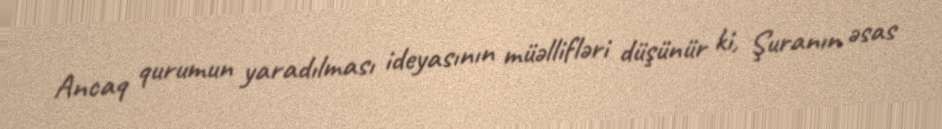
Ancaq qurumun yaradılması ideyasının müəllifləri düşünür ki, Şuranın əsas